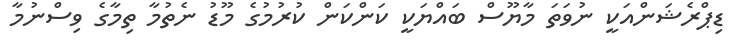
ޑިޕްރެޝަންއަކީ ނުވަތަ މާޔޫސް ބައްޔަކީ ކަންކަން ކުރުމުގެ މޫޑު ނެތުމާ ތިމާގެ ވިސްނުމާ